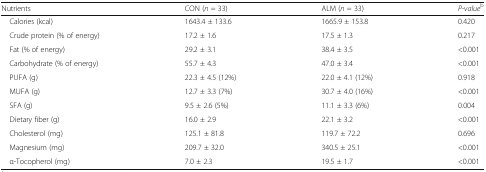
<table><thead><tr><td><b>Nutrients</b></td><td><b>CON (<i>n</i> = 33)</b></td><td><b>ALM (<i>n</i> = 33)</b></td><td><b><i>P-value</i><sup>b</sup></b></td></tr></thead><tbody><tr><td> Calories (kcal)</td><td>1643.4 ± 133.6</td><td>1665.9 ± 153.8</td><td>0.420</td></tr><tr><td> Crude protein (% of energy)</td><td>17.2 ± 1.6</td><td>17.5 ± 1.3</td><td>0.217</td></tr><tr><td> Fat (% of energy)</td><td>29.2 ± 3.1</td><td>38.4 ± 3.5</td><td>&lt;0.001</td></tr><tr><td> Carbohydrate (% of energy)</td><td>55.7 ± 4.3</td><td>47.0 ± 3.4</td><td>&lt;0.001</td></tr><tr><td> PUFA (g)</td><td>22.3 ± 4.5 (12%)</td><td>22.0 ± 4.1 (12%)</td><td>0.918</td></tr><tr><td> MUFA (g)</td><td>12.7 ± 3.3 (7%)</td><td>30.7 ± 4.0 (16%)</td><td>&lt;0.001</td></tr><tr><td> SFA (g)</td><td>9.5 ± 2.6 (5%)</td><td>11.1 ± 3.3 (6%)</td><td>0.004</td></tr><tr><td> Dietary fiber (g)</td><td>16.0 ± 2.9</td><td>22.1 ± 3.2</td><td>&lt;0.001</td></tr><tr><td> Cholesterol (mg)</td><td>125.1 ± 81.8</td><td>119.7 ± 72.2</td><td>0.696</td></tr><tr><td> Magnesium (mg)</td><td>209.7 ± 32.0</td><td>340.5 ± 25.1</td><td>&lt;0.001</td></tr><tr><td> α-Tocopherol (mg)</td><td>7.0 ± 2.3</td><td>19.5 ± 1.7</td><td>&lt;0.001</td></tr></tbody></table>